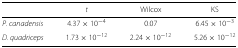
<table><thead><tr><td></td><td><b><i>t</i></b></td><td><b>Wilcox</b></td><td><b>KS</b></td></tr></thead><tbody><tr><td><i>P. canadensis</i></td><td>4.37×10<sup>−4</sup></td><td>0.07</td><td>6.45×10<sup>−3</sup></td></tr><tr><td><i>D. quadriceps</i></td><td>1.73×10<sup>−12</sup></td><td>2.24×10<sup>−12</sup></td><td>5.26×10<sup>−12</sup></td></tr></tbody></table>